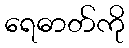
ရေဓာတ်ကို